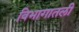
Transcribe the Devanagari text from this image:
विभागातली